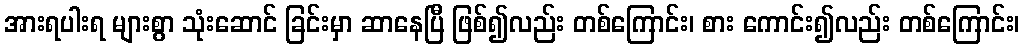
အားရပါးရ များစွာ သုံးဆောင် ခြင်းမှာ ဆာနေပြီ ဖြစ်၍လည်း တစ်ကြောင်း၊ စား ကောင်း၍လည်း တစ်ကြောင်း၊